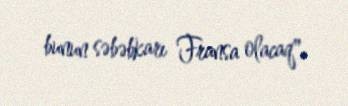
bunun səbəbkarı Fransa olacaq".